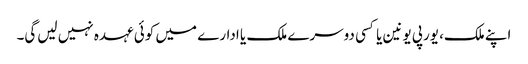
اپنے ملک، یورپی یونین یا کسی دوسرے ملک یا ادارے میں‌ کوئی عہدہ نہیں لیں‌گی۔